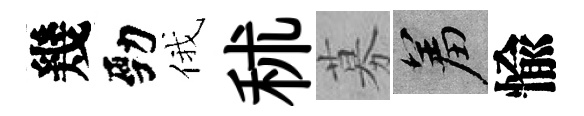
幾勁俄秫募羞愉